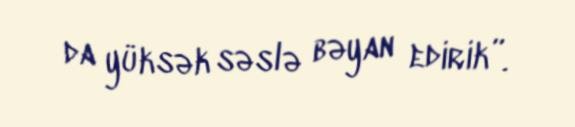
da yüksək səslə bəyan edirik”.